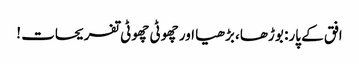
افق کے پار: بوڑھا، بڑھیا اور چھوٹی چھوٹی تفریحات !